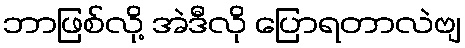
ဘာဖြစ်လို့ အဲဒီလို ပြောရတာလဲဗျ